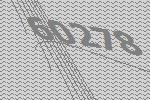
60278